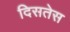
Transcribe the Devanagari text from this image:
दिसतेस